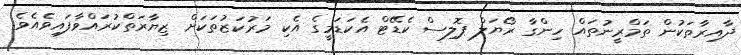
ދާއިރާތަކުން ތަމްރީނުތައް ހިންގާ ރޯޔަލް ޕޮލިސް ކެޑޭޓް އެކަޑަމީގެ އެކި މަރުކަޒުތަކަށް ޒިޔާރަތްކުރައްވާފައިވެއެވެ.